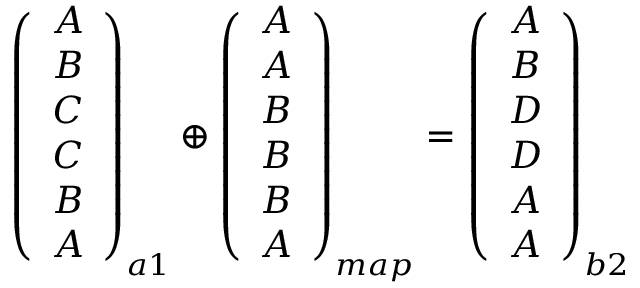
\begin{array} { r } { \left( \begin{array} { c } { A } \\ { B } \\ { C } \\ { C } \\ { B } \\ { A } \end{array} \right) _ { a 1 } \oplus \left( \begin{array} { c } { A } \\ { A } \\ { B } \\ { B } \\ { B } \\ { A } \end{array} \right) _ { m a p } = \left( \begin{array} { c } { A } \\ { B } \\ { D } \\ { D } \\ { A } \\ { A } \end{array} \right) _ { b 2 } } \end{array}